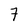
Character: 7